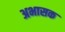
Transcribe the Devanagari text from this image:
अभासक